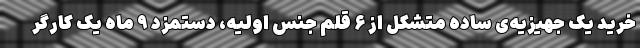
خرید یک جهیزیه‌ی ساده متشکل از ۶ قلم جنس اولیه، دستمزد ۹ ماهِ یک کارگر